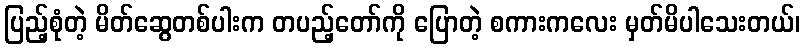
ပြည့်စုံတဲ့ မိတ်ဆွေတစ်ပါးက တပည့်တော်ကို ပြောတဲ့ စကားကလေး မှတ်မိပါသေးတယ်၊